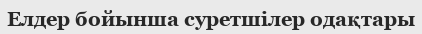
Елдер бойынша суретшілер одақтары